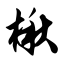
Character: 楸